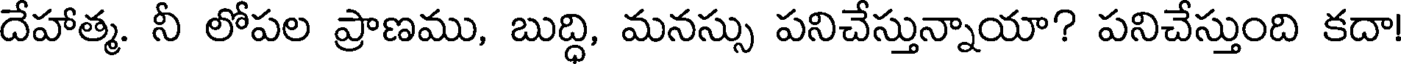
దేహాత్మ. నీ లోపల ప్రాణము, బుద్ధి, మనస్సు పనిచేస్తున్నాయా? పనిచేస్తుంది కదా